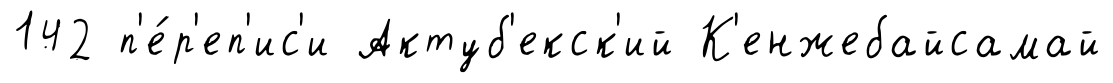
142 п'е́р'еп'ис'и Актуб'екск'ий К'енжебайсамай